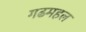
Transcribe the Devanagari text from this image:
गढमहल